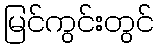
မြင်ကွင်းတွင်